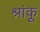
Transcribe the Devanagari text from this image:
श्रांकू